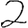
Digit: 2